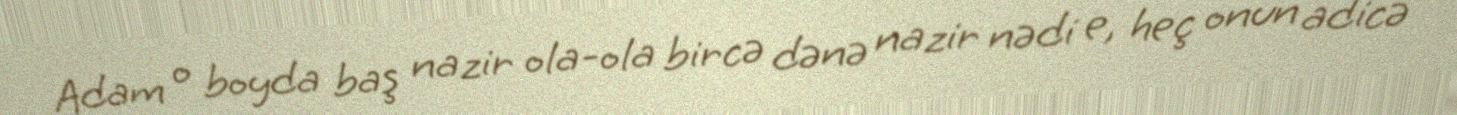
Adam o boyda baş nazir ola-ola bircə dənə nazir nədi e, heç onun adicə